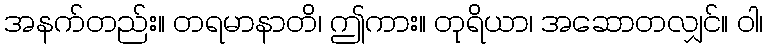
အနက်တည်း။ တရမာနာတိ၊ ဤကား။ တုရိယာ၊ အဆောတလျှင်။ ဝါ၊